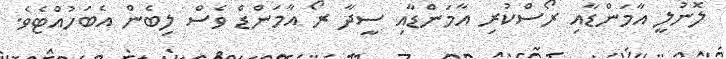
ލޮނުލީ އާމަންޑާއި ރޯސްކުރި އާމަންޑާއި ސީދާ ރޯ އާމަންޑް ވެސް ލިބެން އެބަހުއްޓެވެ.